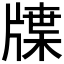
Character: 𤗣